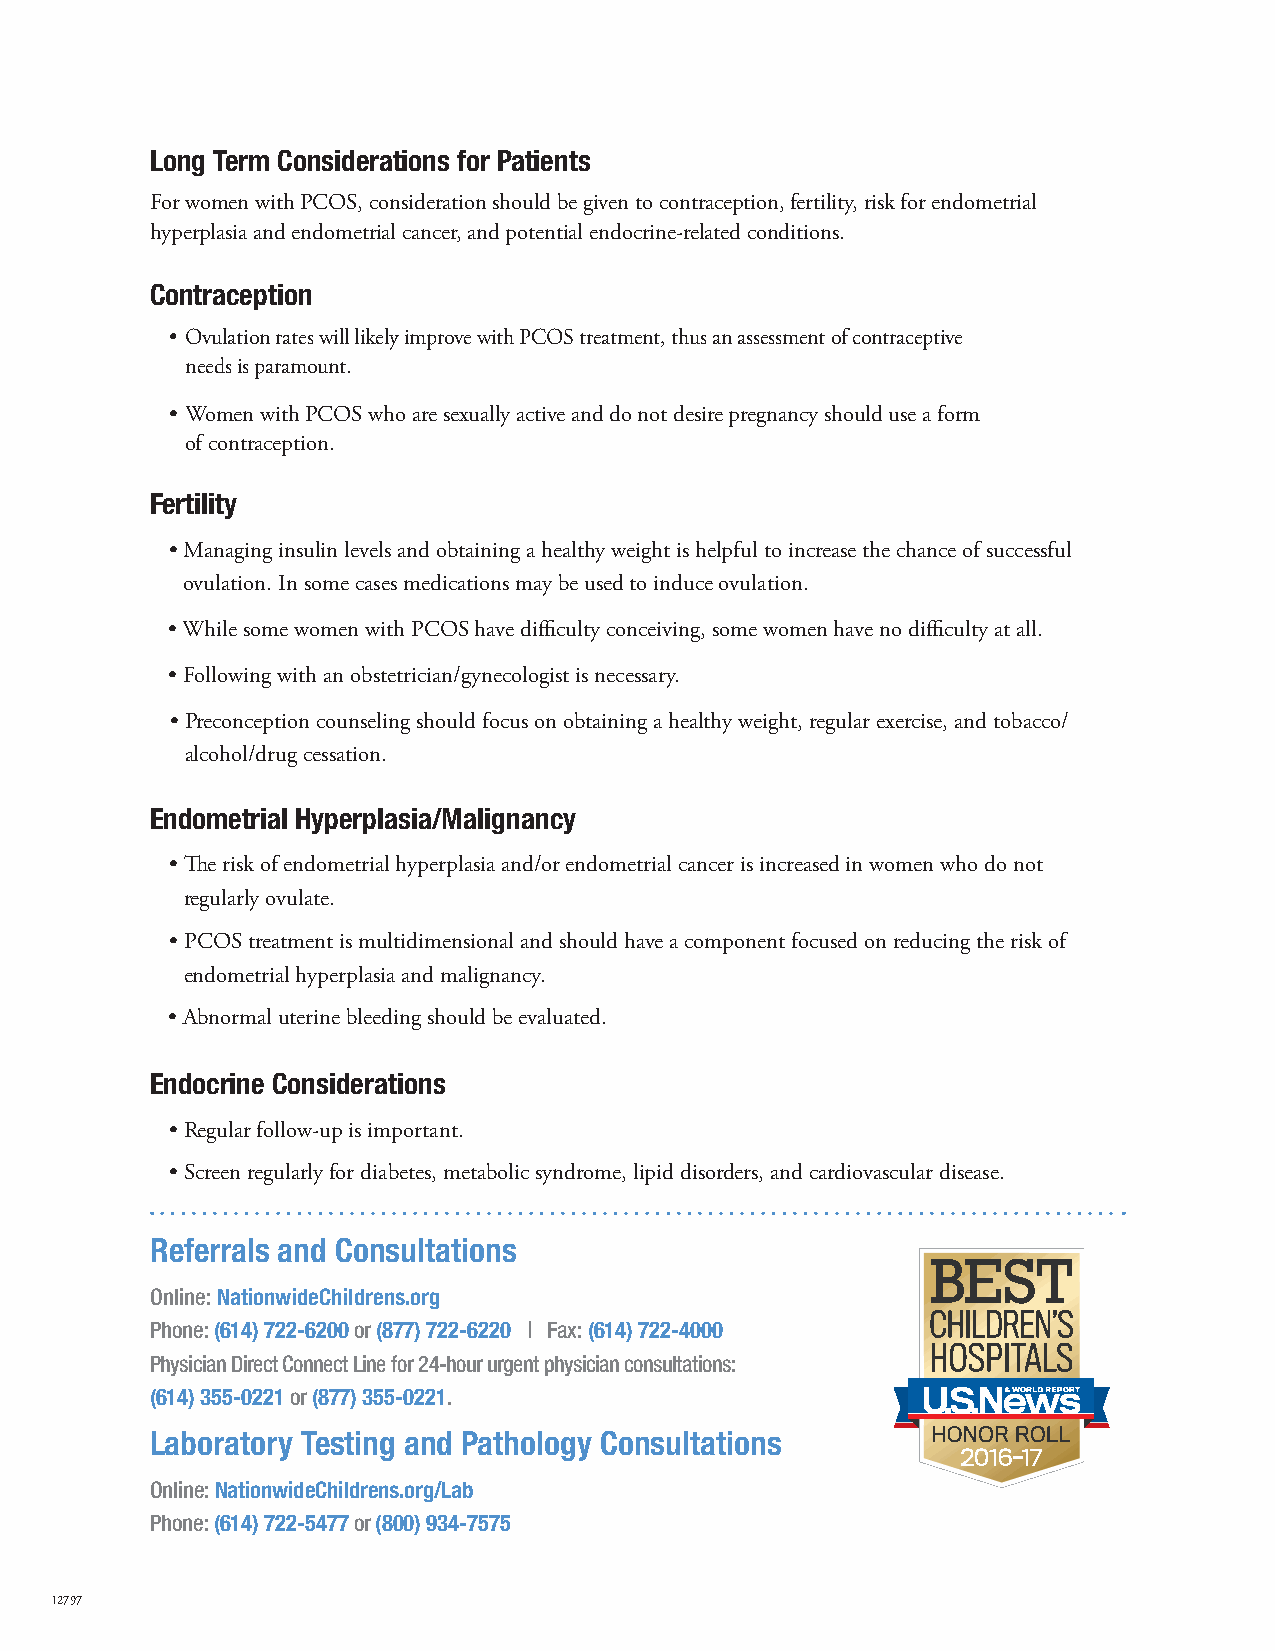
Long Term Considerations for Patients
 For women with PCOS, consideration should be given to contraception, fertility, risk for endometrial
 hyperplasia and endometrial cancer, and potential endocrine-related conditions.
 Contraception
 • O vulation rates will likely improve with PCOS treatment, thus an assessment of contraceptive
 needs is paramount.
 • W omen with PCOS who are sexually active and do not desire pregnancy should use a form
 of contraception.
 Fertility
 • M anaging insulin levels and obtaining a healthy weight is helpful to increase the chance of successful
 ovulation. In some cases medications may be used to induce ovulation.
 • While some women with PCOS have difficulty conceiving, some women have no difficulty at all.
 • Following with an obstetrician/gynecologist is necessary.
 • Preconception counseling should focus on obtaining a healthy weight, regular exercise, and tobacco/
 alcohol/drug cessation.
 Endometrial Hyperplasia/Malignancy
 • The risk of endometrial hyperplasia and/or endometrial cancer is increased in women who do not
 regularly ovulate.
 • PCOS treatment is multidimensional and should have a component focused on reducing the risk of
 endometrial hyperplasia and malignancy.
 • Abnormal uterine bleeding should be evaluated.
 Endocrine Considerations
 • Regular follow-up is important.
 • Screen regularly for diabetes, metabolic syndrome, lipid disorders, and cardiovascular disease.
 Referrals and Consultations
 Online: NationwideChildrens.org
 Phone: (614) 722-6200 or (877) 722-6220 | Fax: (614) 722-4000
 Physician Direct Connect Line for 24-hour urgent physician consultations:
 (614) 355-0221 or (877) 355-0221.
 Laboratory Testing and Pathology Consultations
 Online: NationwideChildrens.org/Lab
 Phone: (614) 722-5477 or (800) 934-7575
 12797